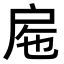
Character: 𢨹